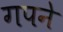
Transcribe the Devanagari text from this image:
गपने